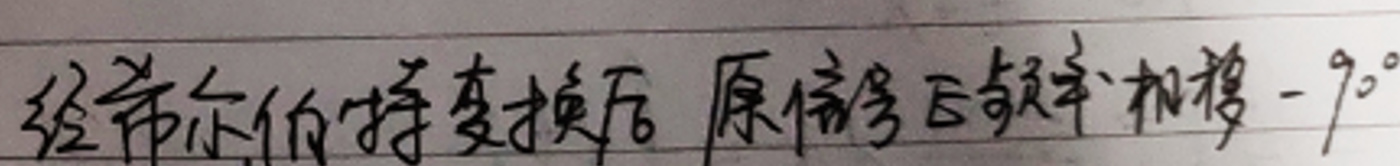
经希尔伯特变换后原信号E频率相移\(-90^{\circ}\)